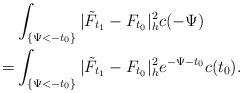
LaTeX: \begin{align*}&\int_{\{\Psi<-t_0\}}|\tilde{F}_{t_1}-F_{t_0}|^2_hc(-\Psi)\\= &\int_{\{\Psi<-t_0\}}|\tilde{F}_{t_1}-F_{t_0}|^2_he^{-\Psi-t_0}c(t_0).\\\end{align*}